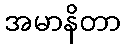
အမာနိတာ